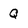
Character: Q